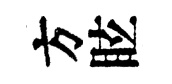
方眩